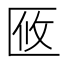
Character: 𠤼